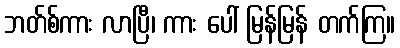
ဘတ်စ်ကား လာပြီ၊ ကား ပေါ် မြန်မြန် တက်ကြ။